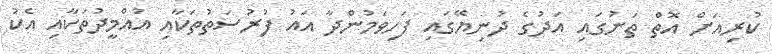
ކުރިއަށް އޮތް ތަނުގައި އަދުގެ ދުނިޔޭގައި ފަހިވަމުންދާ އައު ފުރުސަތުތަކާއި އުއްމީދުތަކާއި އެކު